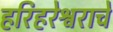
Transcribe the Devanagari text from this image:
हरिहरेश्वराचे